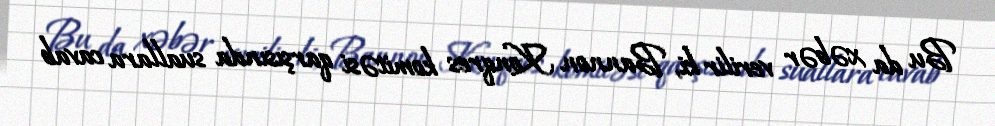
Bu da xəbər verilir ki, Bannon Konqres komitəsi qarşısında suallara cavab